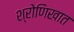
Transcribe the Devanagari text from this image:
श्रोणिखात